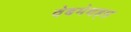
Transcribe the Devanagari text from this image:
वेबमेथड्स